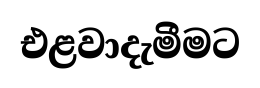
එළවාදැමීමට